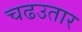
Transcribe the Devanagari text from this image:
चढउतार